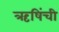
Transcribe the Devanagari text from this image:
ऋषिंची